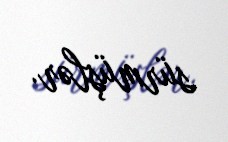
sürmüşlər.